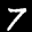
Label: 7